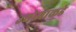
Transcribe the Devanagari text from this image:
उद्योगाकडे